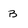
Character: B